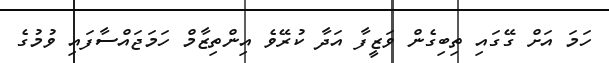
ހަމަ އަށް ގޭގައި ތިބިގެން ވަޒީފާ އަދާ ކުރޭވެ އިންތިޒާމް ހަމަޖައްސާފައި ވުމުގެ